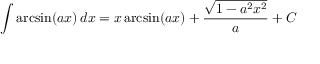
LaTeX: \int \arcsin ( a x ) \, d x = x \arcsin ( a x ) + { \frac { \sqrt { 1 - a ^ { 2 } x ^ { 2 } } } { a } } + C